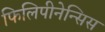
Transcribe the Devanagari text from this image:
फिलिपीनेन्सिस